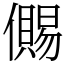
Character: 儩